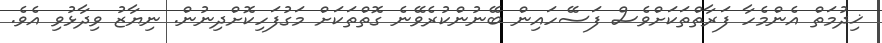
ޚިދުމަތް އެންމެހާ ފަރާތްތަކަށްވެސް ފަސޭހައިން ބޭނުންކުރެވޭނެ ގޮތްތަކަށް މަގުފަހިކޮށްދިނުން. ނިޔާޒު ވިދާޅުވި އެވެ.